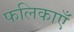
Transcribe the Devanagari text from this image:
फलिकाएँ